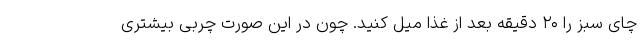
چای سبز را ۲۰ دقیقه بعد از غذا میل کنید. چون در این صورت چربی بیشتری